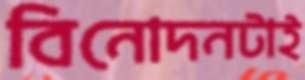
বিনোদনটাই